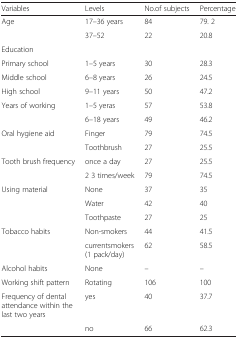
<table><thead><tr><td><b>Variables</b></td><td><b>Levels</b></td><td><b>No.of subjects</b></td><td><b>Percentage</b></td></tr></thead><tbody><tr><td rowspan="2">Age</td><td>17–36 years</td><td>84</td><td>79. 2</td></tr><tr><td>37–52</td><td>22</td><td>20.8</td></tr><tr><td colspan="4">Education</td></tr><tr><td>Primary school</td><td>1–5 years</td><td>30</td><td>28.3</td></tr><tr><td>Middle school</td><td>6–8 years</td><td>26</td><td>24.5</td></tr><tr><td>High school</td><td>9–11 years</td><td>50</td><td>47.2</td></tr><tr><td rowspan="2">Years of working</td><td>1–5 yeras</td><td>57</td><td>53.8</td></tr><tr><td>6–18 years</td><td>49</td><td>46.2</td></tr><tr><td rowspan="2">Oral hygiene aid</td><td>Finger</td><td>79</td><td>74.5</td></tr><tr><td>Toothbrush</td><td>27</td><td>25.5</td></tr><tr><td rowspan="2">Tooth brush frequency</td><td>once a day</td><td>27</td><td>25.5</td></tr><tr><td>2 3 times/week</td><td>79</td><td>74.5</td></tr><tr><td rowspan="3">Using material</td><td>None</td><td>37</td><td>35</td></tr><tr><td>Water</td><td>42</td><td>40</td></tr><tr><td>Toothpaste</td><td>27</td><td>25</td></tr><tr><td rowspan="2">Tobacco habits</td><td>Non-smokers</td><td>44</td><td>41.5</td></tr><tr><td>currentsmokers (1 pack/day)</td><td>62</td><td>58.5</td></tr><tr><td>Alcohol habits</td><td>None</td><td>–</td><td>–</td></tr><tr><td>Working shift pattern</td><td>Rotating</td><td>106</td><td>100</td></tr><tr><td>Frequency of dental attendance within the last two years</td><td>yes</td><td>40</td><td>37.7</td></tr><tr><td></td><td>no</td><td>66</td><td>62.3</td></tr></tbody></table>